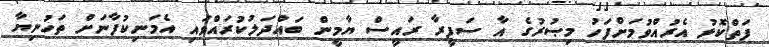
ފަތްކޮޅު އެރުއްވުމަށްފަހު މިޞުރުގެ އާ ސަފީރާ ރައީސް ޔާމީން ބައްދަލުކުރައްވައި އެމަނިކުފާނަށް ތަހުނިޔާ